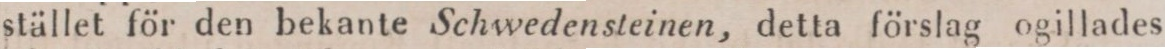
stället för den bekante Schwedensteinen, detta förslag ogillades